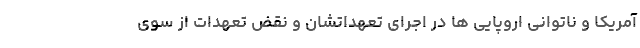
آمریکا و ناتوانی اروپایی ها در اجرای تعهداتشان و نقض تعهدات از سوی